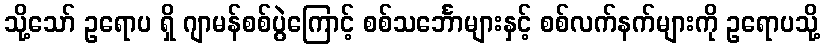
သို့သော် ဥရောပ ရှိ ဂျာမန်စစ်ပွဲကြောင့် စစ်သင်္ဘောများနှင့် စစ်လက်နက်များကို ဥရောပသို့